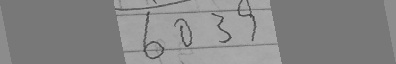
6 0 3 9